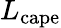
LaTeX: L_{\mathrm{cape}}